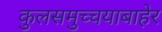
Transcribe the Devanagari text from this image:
कुलसमुच्चयाबाहेर